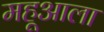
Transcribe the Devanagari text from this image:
महूआला